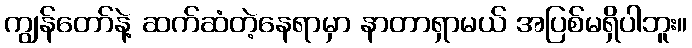
ကျွန်တော်နဲ့ ဆက်ဆံတဲ့နေရာမှာ နာတာရှာမယ် အပြစ်မရှိပါဘူး။